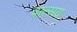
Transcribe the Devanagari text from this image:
वात्सय